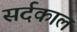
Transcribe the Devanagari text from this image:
सर्दकाल